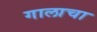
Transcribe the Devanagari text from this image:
गालाचा